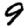
Digit: 9